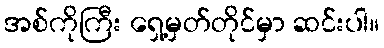
အစ်ကိုကြီး ရှေ့မှတ်တိုင်မှာ ဆင်းပါ။